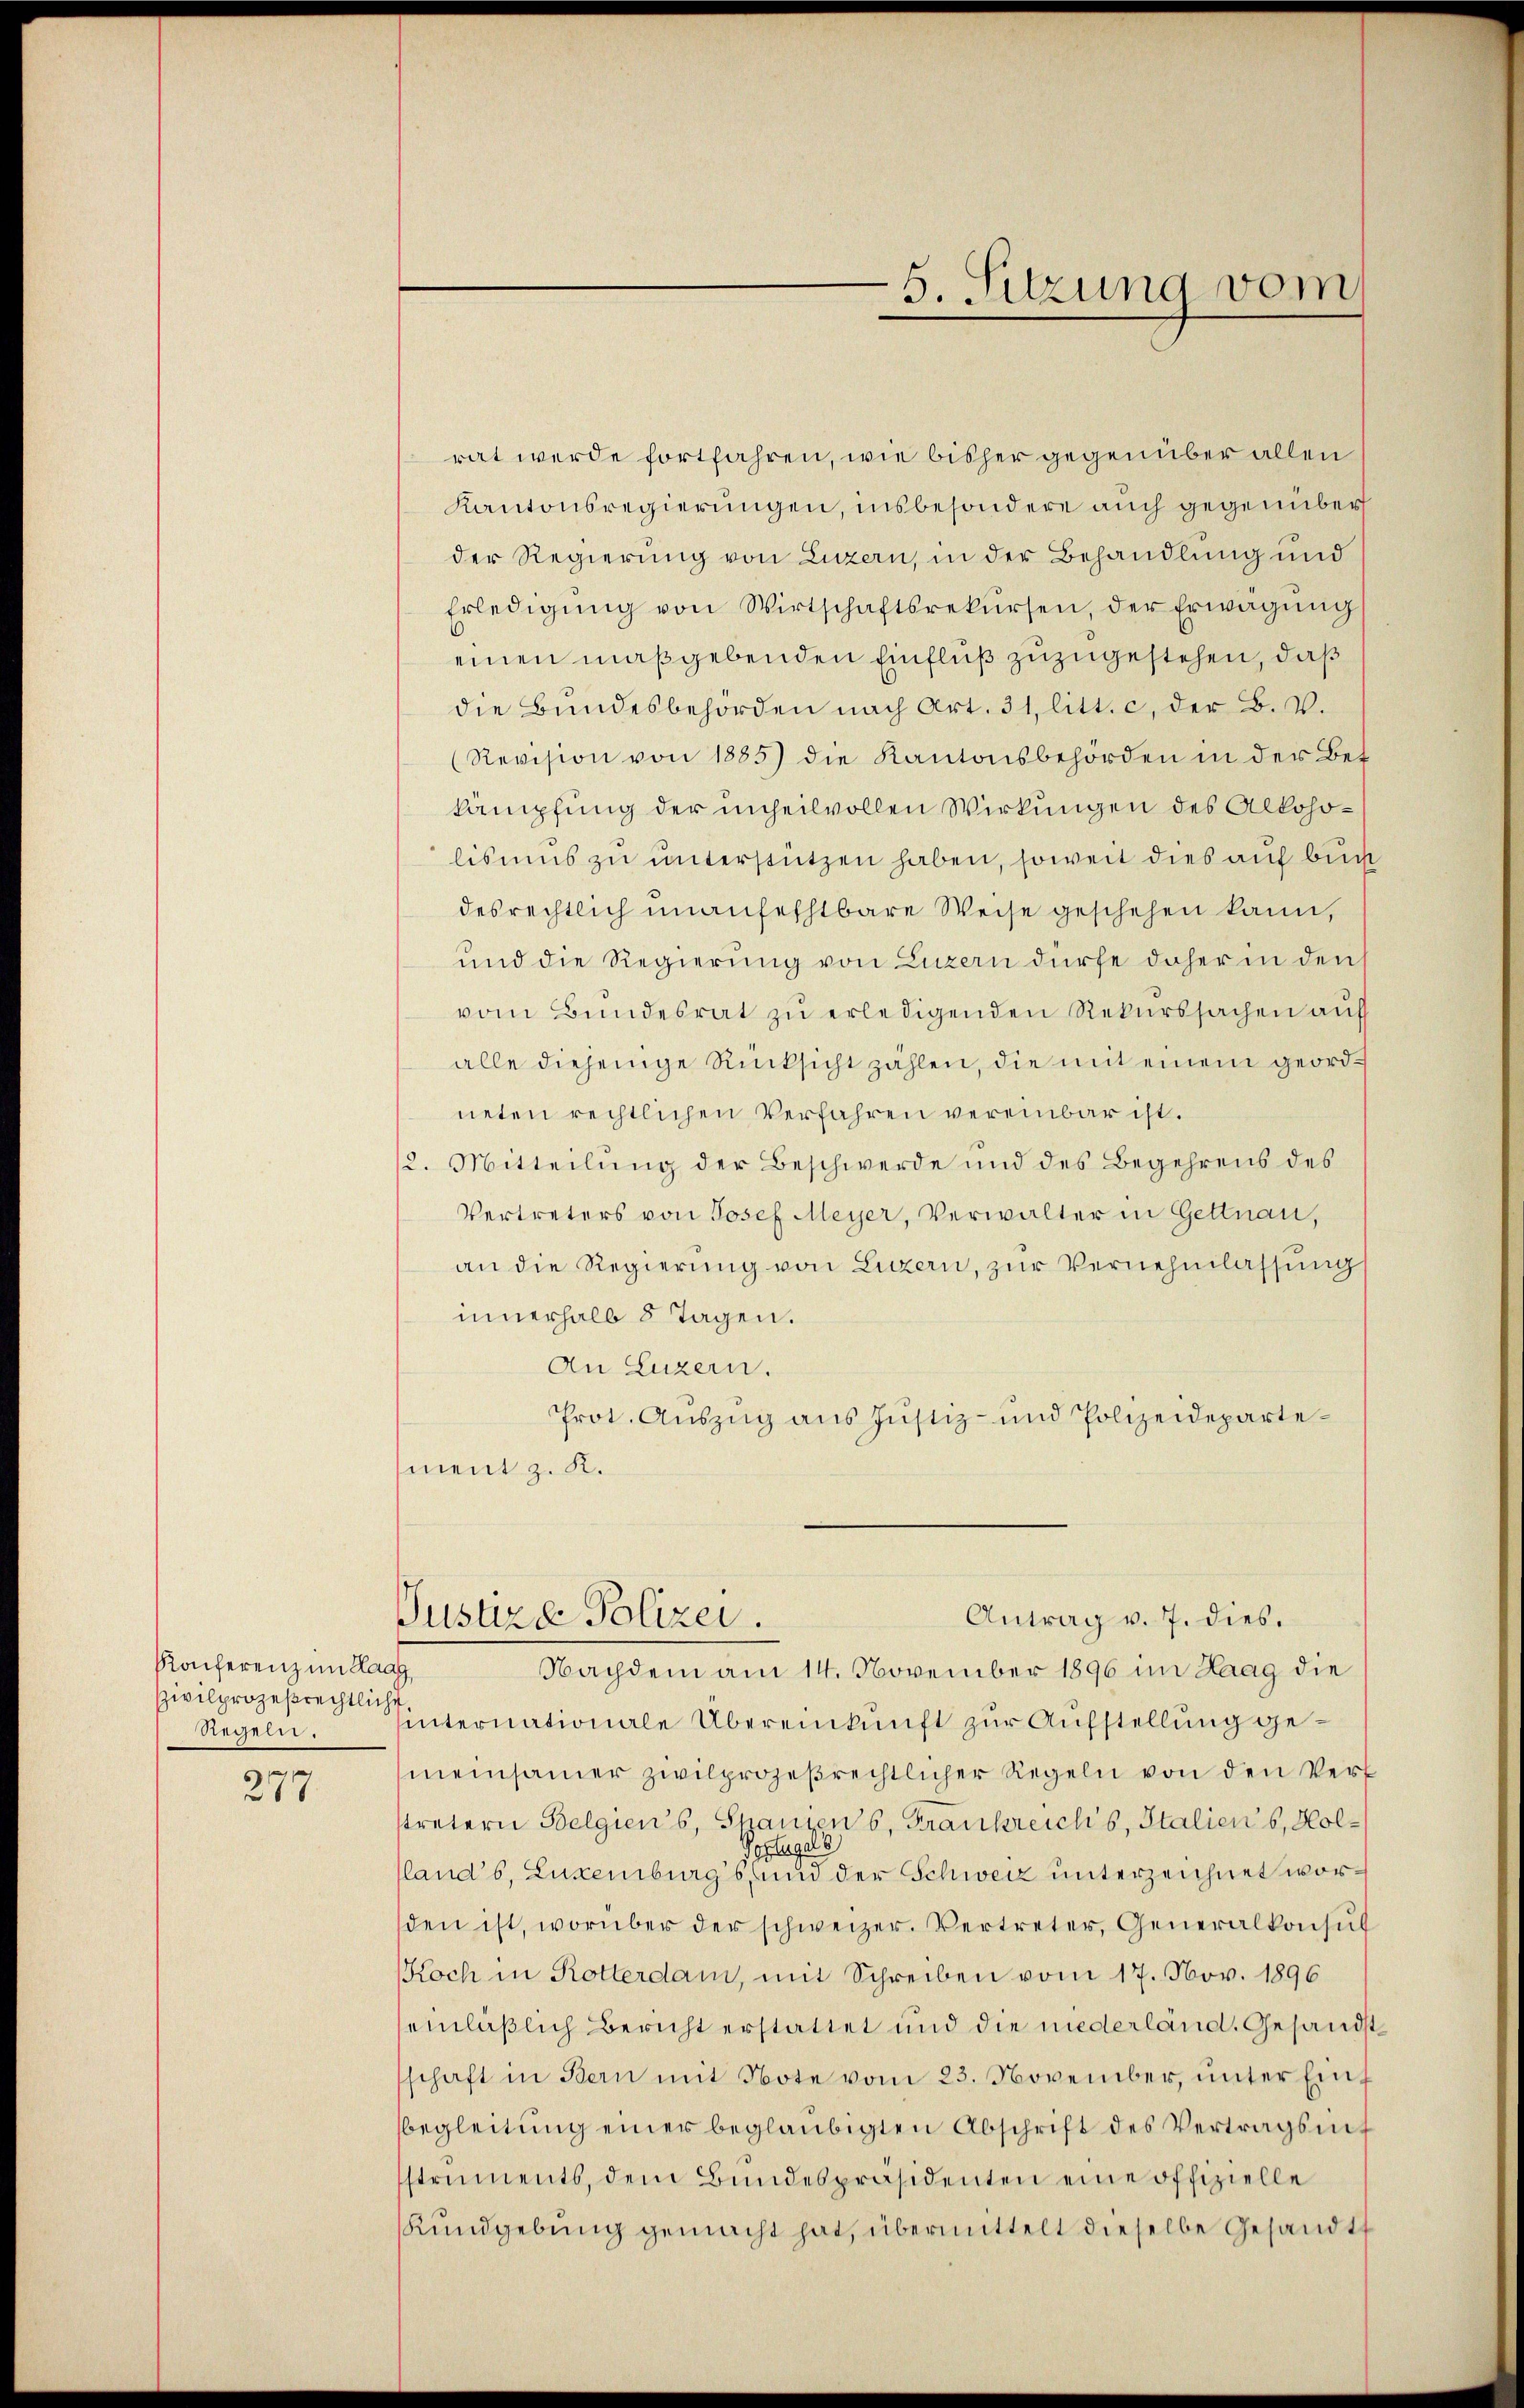
Konferenz im Haag
Zivilprozeßrechtliche
Regeln.

277

rat werde fortfahren, wie bisher gegenüber allen
Kantonsregierungen, insbesondere auch gegenüber
der Regierung von Luzern, in der Behandlung und
Erledigŭng von Wirtschaftsrekŭrsen, der Erwägŭng
einen maßgebenden Einfluß zuzugestehen, daß
die Bŭndesbehörden nach Art. 31 litt. c. der B. V.
(Revision von 1885) die Kantonsbehörden in der Bet
kämpfung der unheilvollen Wirkungen des Alkoholisums zu unterstützen haben, soweit dies auf buch
desrechtlich unanfechtbare Weise geschehen kann,
und die Regierung von Luzern dürfe daher in den s
vom Bundesrat zŭ erledigenden Rekurssachen auf
alle diejenige Rücksicht zählen, die mit einem geordneten rechtlichen Verfahren vereinbar ist.
2. Mitteilŭng der Beschwerde und des Begehrens des
Vertreters von Josef Meyer, Verwalter in Gettnau,
an die Regierŭng von Luzern, zŭr Vernehmlassung
innerhalb 8 Tagen.
An Luzern.
Prot. Auszug aus Justiz- und Polizeidepartement z. K.
Jusure Polizei.
Antrag v. 7. dies.
Nachdem am 14. November 1896 im Haag die
internationale Übereinkunft zur Aufstellung gemeinsamer zivilprozeßrechtlicher Regeln von den Verl
tretern Belgiens, Spaniens, Frankreich’s, Italiens, Hol¬
Vorlegel
lands, Luxenburgs, und der Schweiz unterzeichnet worden ist, worüber der schweizer. Vertreter, Generalkonsŭt
Koch in Rotterdam, mit Schreiben vom 17. Nov. 1896
einläßlich Bericht erstattet und die niederland. Gesandtschaft in Bern mit Note vom 23. November, unter Einf
begleitŭng einer beglaubigten Abschrift des Vertragsmit
struments, dem Bŭndespräsidenten eine offizielle
Rundgebung gemacht hat, übermittelt dieselbe Gesandts

5. Sitzung vom